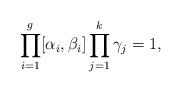
LaTeX: \begin{align*}\prod_{i=1}^g[\alpha_i,\beta_i]\prod_{j=1}^k\gamma_j=1,\end{align*}